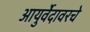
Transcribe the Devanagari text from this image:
आयुर्वेदावरचे